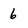
Character: 6